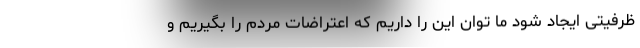
ظرفیتی ایجاد شود ما توان این را داریم که اعتراضات مردم را بگیریم و